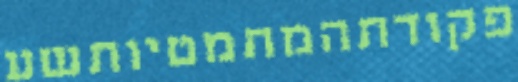
פקודתהמתמטיותשע